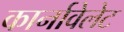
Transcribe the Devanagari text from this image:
कार्नावेलेट